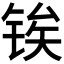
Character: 𬭐